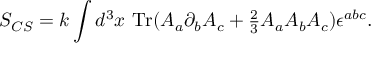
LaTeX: S _ { C S } = k \int d ^ { 3 } x \ \mathrm { T r } ( A _ { a } \partial _ { b } A _ { c } + { \textstyle { \frac { 2 } { 3 } } } A _ { a } A _ { b } A _ { c } ) \epsilon ^ { a b c } .